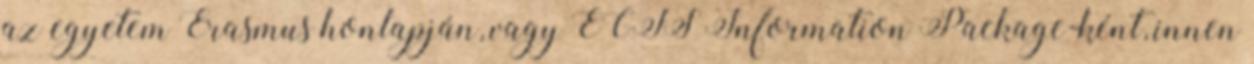
az egyetem Erasmus honlapján, vagy ECTS Information Package-ként, innen